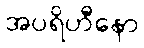
အပရိဟီနော